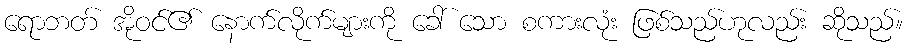
ရောဘတ် အိုဝင်၏ နောက်လိုက်များကို ခေါ် သော စကားလုံး ဖြစ်သည်ဟုလည်း ဆိုသည်။